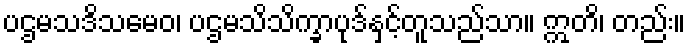
ပဌမသဒိသမေဝ၊ ပဌမသိသိက္ခာပုဒ်နှင့်တူသည်သာ။ ဣတိ၊ တည်း။